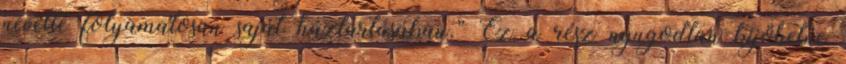
nevelte folyamatosan saját háztartásában.” Ez a rész nyugodtan kijöhetne